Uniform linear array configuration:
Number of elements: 24
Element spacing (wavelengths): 0.75
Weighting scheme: hamming
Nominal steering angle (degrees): -45
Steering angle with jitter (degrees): -44.922
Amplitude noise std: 0.05
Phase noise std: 0.05

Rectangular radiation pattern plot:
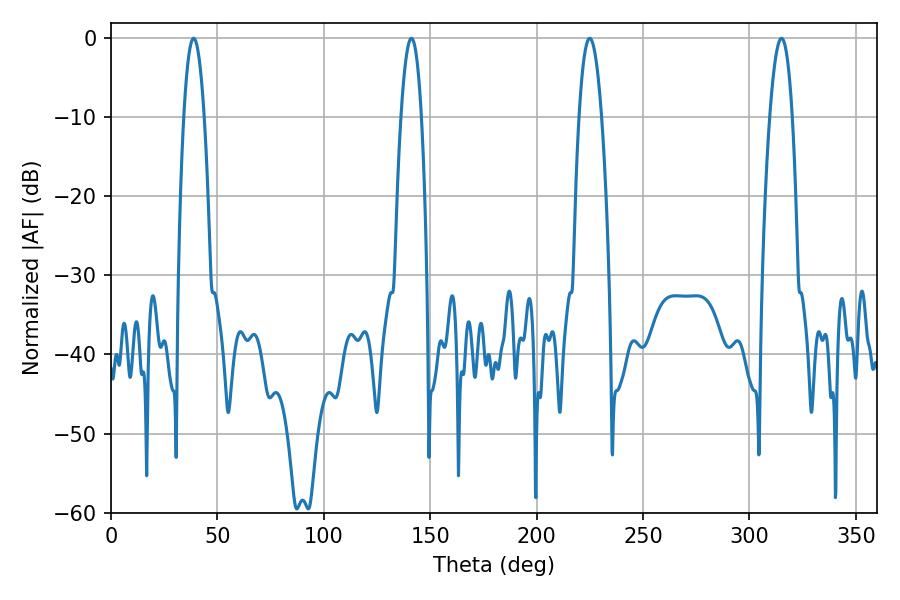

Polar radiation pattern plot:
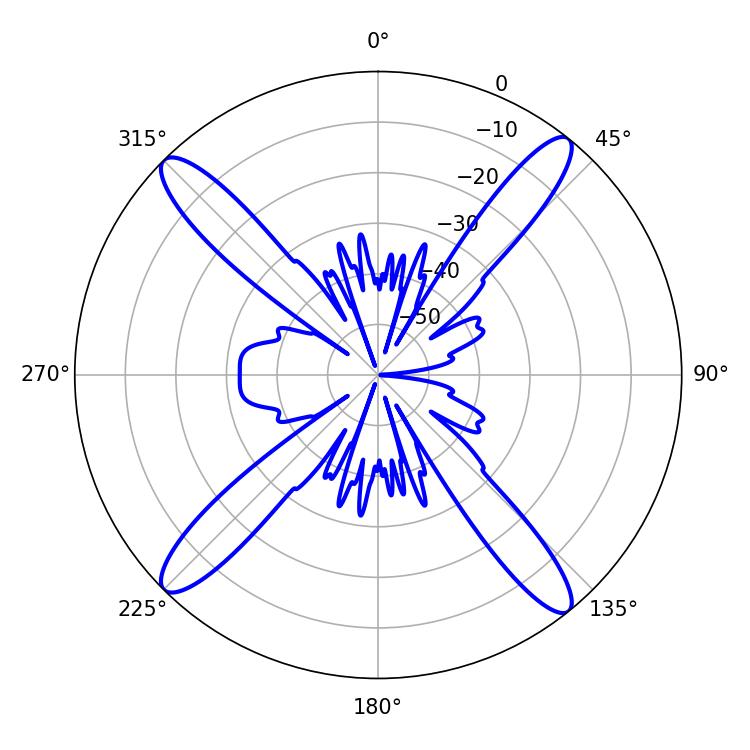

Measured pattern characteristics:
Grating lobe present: TRUE
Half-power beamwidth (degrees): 5.4
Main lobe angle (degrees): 38.88